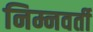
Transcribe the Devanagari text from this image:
निम्नवर्ती